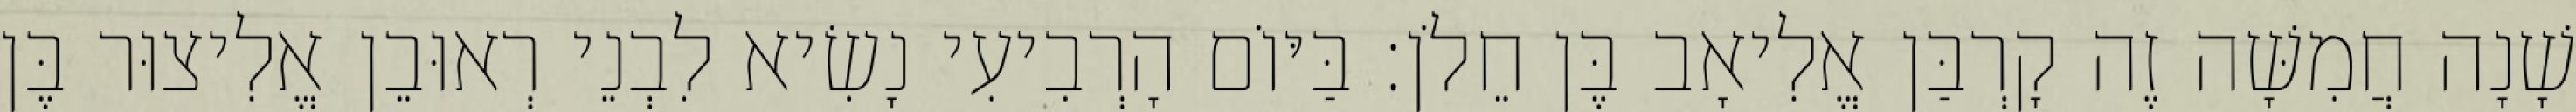
שָׁנָה חֲמִשָּׁה זֶה קָרְבַּן אֱלִיאָב בֶּן חֵלֹן׃ בַּיּוֹם הָרְבִיעִי נָשִׂיא לִבְנֵי רְאוּבֵן אֱלִיצוּר בֶּן